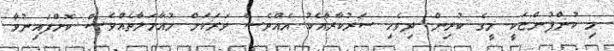
މި ކުންފުންޏަކީ މީގެ ކުރިން ދިވެހި ސަރުކާރާއެކު އެއްވެސް ވަރަކަށް މުއާމަލާތެއްވެސް ކޮށްފައިނުވާ